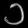
Digit: ၁